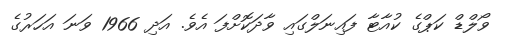
ވޯލްޑް ކަޕްގެ ކުއާޓާ ފައިނަލްގައި ވާދަކޮށްފަ އެވެ. އަދި 1966 ވަނަ އަހަރުގެ